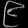
Digit: ၉